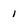
Character: i